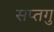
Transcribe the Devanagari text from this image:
सप्तगु